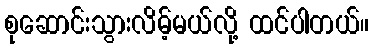
စုဆောင်းသွားလိမ့်မယ်လို့ ထင်ပါတယ်။